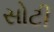
સોટી